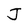
Character: J